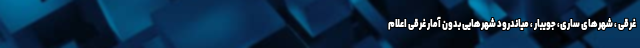
غرقی ، شهرهای ساری، جویبار ، میاندرود شهرهایی بدون آمار غرقی اعلام